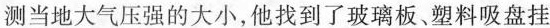
测当地大气压强的大小，他找到了玻璃板、塑料吸盘挂